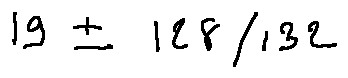
1 9 \pm 1 2 8 / 1 3 2